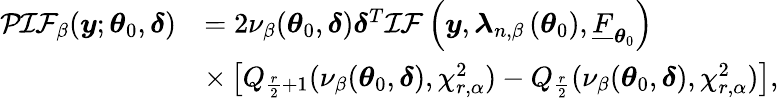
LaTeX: \begin{array}{rl}{\mathcal{PIF}_{\beta}(\boldsymbol{y};\boldsymbol{\theta}_{0},\boldsymbol{\delta})}&{=2\nu_{\beta}(\boldsymbol{\theta}_{0},\boldsymbol{\delta})\boldsymbol{\delta}^{T}\mathcal{IF}\left(\boldsymbol{y},\boldsymbol{\lambda}_{n,\beta}\left(\boldsymbol{\theta}_{0}\right),\underline{{F}}_{\boldsymbol{\theta}_{0}}\right)}\\ &{\times\left[Q_{\frac{r}{2}+1}(\nu_{\beta}(\boldsymbol{\theta}_{0},\boldsymbol{\delta}),\chi_{r,\alpha}^{2})-Q_{\frac{r}{2}}(\nu_{\beta}(\boldsymbol{\theta}_{0},\boldsymbol{\delta}),\chi_{r,\alpha}^{2})\right],}\end{array}